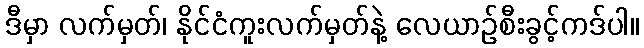
ဒီမှာ လက်မှတ်၊ နိုင်ငံကူးလက်မှတ်နဲ့ လေယာဉ်စီးခွင့်ကဒ်ပါ။